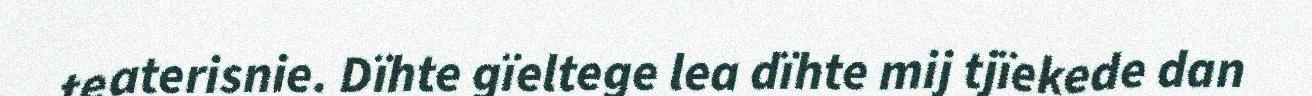
teaterisnie. Dïhte gïeltege lea dïhte mij tjïekede dan